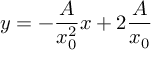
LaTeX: y = - { \frac { A } { x _ { 0 } ^ { 2 } } } x + 2 { \frac { A } { x _ { 0 } } }